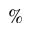
\%